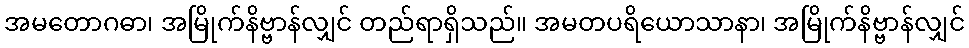
အမတောဂဓာ၊ အမြိုက်နိဗ္ဗာန်လျှင် တည်ရာရှိသည်။ အမတပရိယောသာနာ၊ အမြိုက်နိဗ္ဗာန်လျှင်